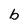
Character: b